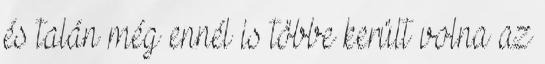
és talán még ennél is többe került volna az